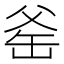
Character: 𪺛